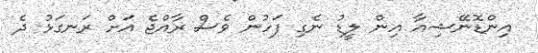
އިންޑޮނޭޝިއާ އިން ލީޑު ނެގި ފަހުން ވެސް ރާއްޖެ އަށް ރަނގަޅު ދެ